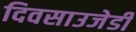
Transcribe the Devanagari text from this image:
दिवसाउजेडी